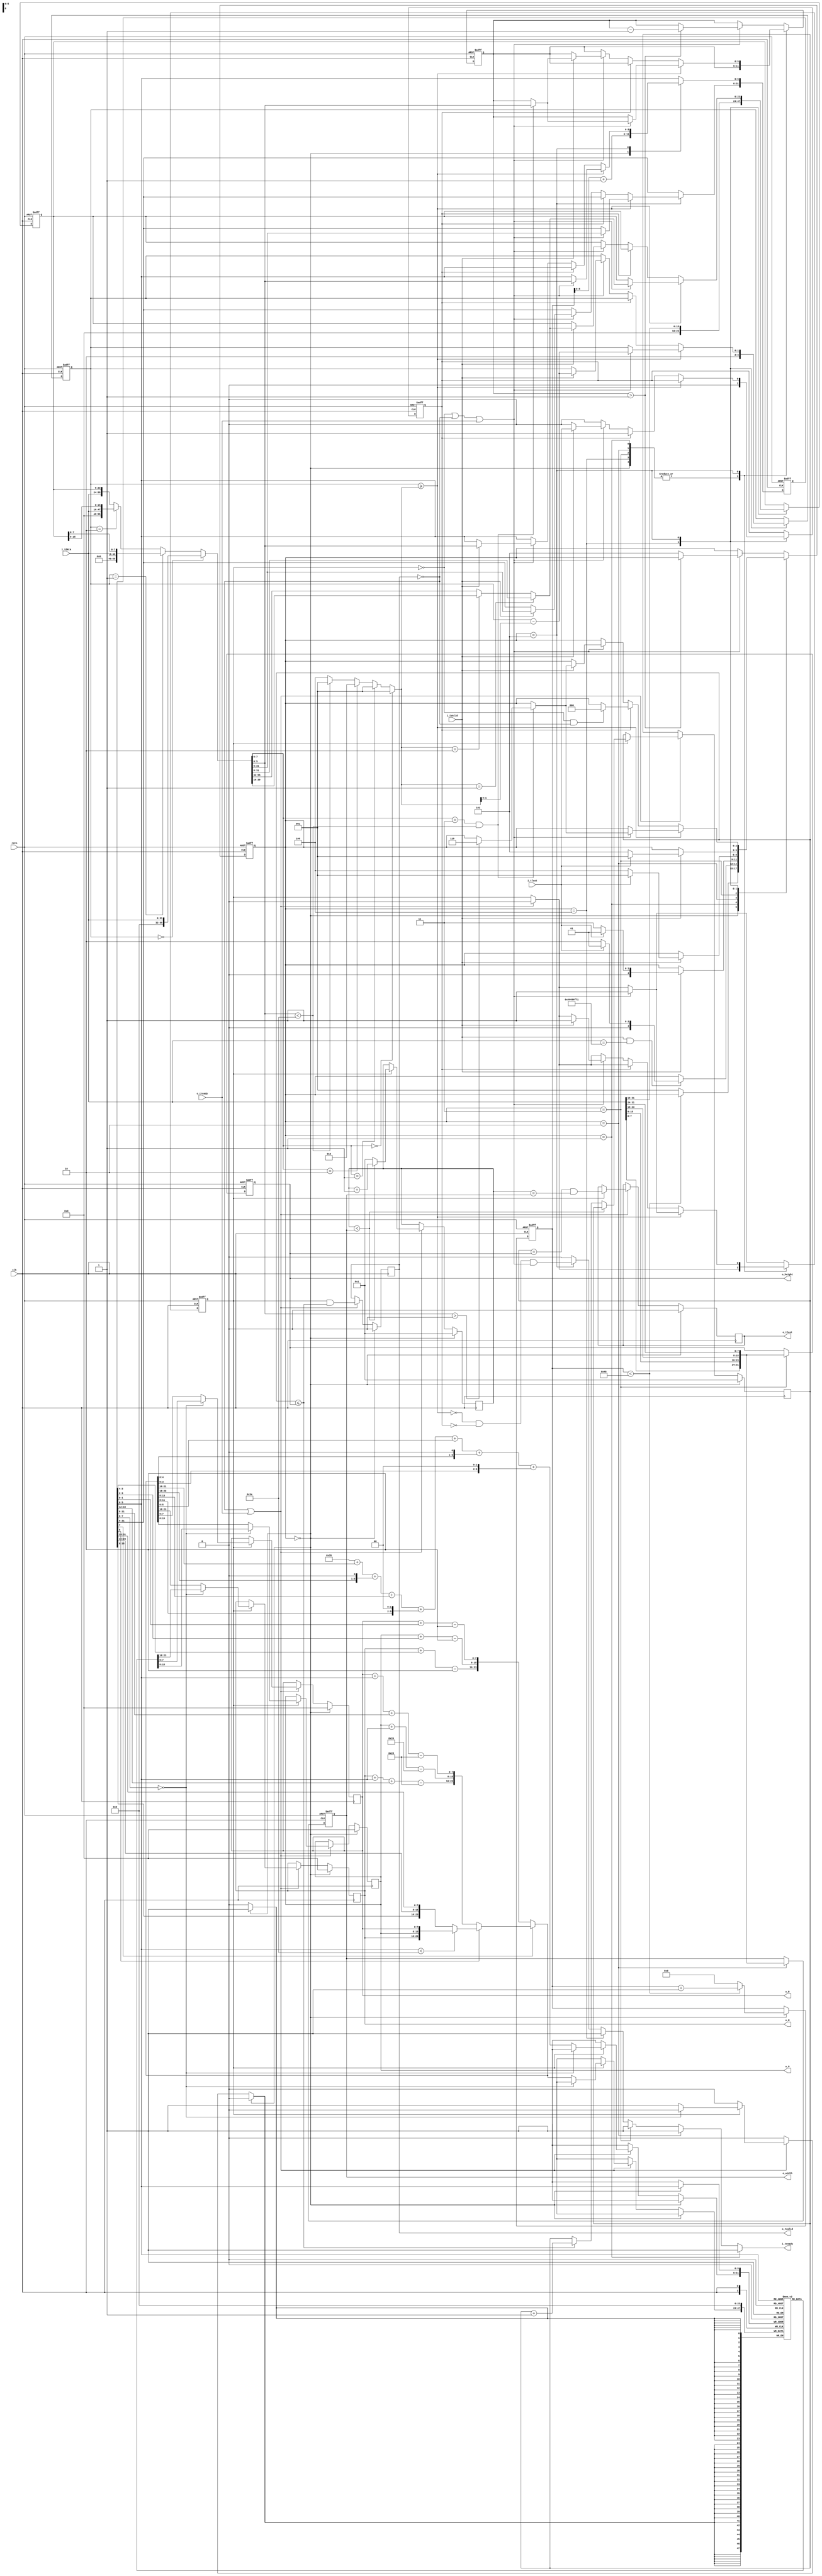

module qoi_decompressor (
    input  wire        rstn,
    input  wire        clk,
    // input compressed QOI stream interface (AXI-stream)
    output wire        i_tready,
    input  wire        i_tvalid,
    input  wire        i_tlast,
    input  wire [31:0] i_tdata,     // little endian
    // output pixel interface (AXI-stream)
    input  wire        o_tready,
    output reg         o_tvalid,
    output reg         o_tlast,
    output reg  [ 7:0] o_R, o_G, o_B,
    output wire [31:0] o_width, o_height
);


localparam [2:0] S_INIT   = 3'd0,
                 S_IDLE   = 3'd1,
                 S_WIDTH  = 3'd2,
                 S_HEIGHT = 3'd3,
                 S_2BYTE  = 3'd4,
                 S_WORK   = 3'd5,
                 S_RUN    = 3'd6;

reg  [ 2:0] state    = S_INIT;
reg         finished = 1'b0; // already meet i_tlast=1, current image input finished. but still need to decode the remain bytes
reg  [ 6:0] cnt      = 7'd0;
reg  [ 5:0] run;
reg  [31:0] width, height;

assign {o_width, o_height} = {width, height};

reg  [ 1:0] rem_cnt;         // remain byte count : 0~3
reg  [23:0] rem_bytes;       // remain bytes

reg         code_en = 1'b0;
reg  [31:0] code;

wire [55:0] m_bytes = (rem_cnt == 2'd0) ? {24'h0, i_tdata                 } :
                      (rem_cnt == 2'd1) ? {16'h0, i_tdata, rem_bytes[ 7:0]} :
                      (rem_cnt == 2'd2) ? { 8'h0, i_tdata, rem_bytes[15:0]} :
                                          {       i_tdata, rem_bytes      } ;

reg  [ 2:0] consume_cnt;   // not real register
always @(*) begin
    if      (m_bytes[7:6] == 2'b00) consume_cnt = 3'd1;  // QOI_OP_INDEX
    else if (m_bytes[7:6] == 2'b01) consume_cnt = 3'd1;  // QOI_OP_DIFF
    else if (m_bytes[7:6] == 2'b10) consume_cnt = 3'd2;  // QOI_OP_LUMA
    else if (m_bytes[5:0] <  6'h3E) consume_cnt = 3'd1;  // QOI_OP_RUN
    else                            consume_cnt = 3'd4;  // QOI_OP_RGB
end

wire [23:0] new_rem_bytes = (consume_cnt==3'd1) ? m_bytes[31: 8] :
                            (consume_cnt==3'd2) ? m_bytes[39:16] :
                                                  m_bytes[55:32] ;

wire is_run = (m_bytes[7:6] == 2'b11 && m_bytes[5:0] < 6'h3E);

wire enough = ({1'b0,rem_cnt} >= consume_cnt);  // current rem_bytes is enough to form a new pixel, needn't to input a next i_tdata

always @ (posedge clk or negedge rstn)
    if (~rstn) begin
        state     <= S_INIT;
        finished  <= 1'b0;
        cnt       <= 7'd0;
        width     <= 0;
        height    <= 0;
        run       <= 6'd0;
        rem_cnt   <= 2'd0;
        rem_bytes <= 24'h0;
        code_en   <= 1'b0;
        code      <= 0;
        
    end else begin
        if (~o_tvalid | o_tready)
            code_en <= 1'b0;
        
        case (state)
            S_INIT : begin    // use this state to initialize hash table
                if (cnt < 7'd72) begin
                    cnt <= cnt + 7'd1;
                end else begin
                    cnt <= 7'd0;
                    state <= S_IDLE;
                end
                code[5:0] <= cnt[5:0] + 6'd1;  // as the hash table address when initialize hash table
            end
            
            S_IDLE :
                if (i_tvalid && i_tdata==32'h66_69_6f_71)  // "qoif" in little endian
                    state <= i_tlast ? S_IDLE : S_WIDTH;
            
            S_WIDTH : begin
                if (i_tvalid)
                    state <= i_tlast ? S_IDLE : S_HEIGHT;
                width  <= {i_tdata[7:0], i_tdata[15:8], i_tdata[23:16], i_tdata[31:24]};
            end
            
            S_HEIGHT : begin
                if (i_tvalid)
                    state <= i_tlast ? S_IDLE : S_2BYTE;
                height <= {i_tdata[7:0], i_tdata[15:8], i_tdata[23:16], i_tdata[31:24]};
            end
            
            S_2BYTE : begin
                if (i_tvalid)
                    state <= i_tlast ? S_IDLE : S_WORK;
                rem_cnt   <= 2'd2;
                rem_bytes <= {8'h0, i_tdata[31:16]};
                finished  <= 1'b0;
            end
            
            S_WORK :
                if (enough) begin               // consume remain bytes rather than input i_tdata
                    // i_tready = 1'b0;
                    if  (~code_en | ~o_tvalid | o_tready) begin
                        if (is_run) begin
                            run <= m_bytes[5:0];
                            if (m_bytes[5:0]>6'd0) state <= S_RUN;
                        end
                        rem_cnt   <= rem_cnt - consume_cnt[1:0];
                        rem_bytes <= new_rem_bytes;
                        code_en   <= 1'b1;
                        code      <= m_bytes[31:0];
                    end
                end else if (~finished) begin   // consume input i_tdata
                    // i_tready = 1'b0;
                    if  (~code_en | ~o_tvalid | o_tready) begin
                        // i_tready = 1'b1;
                        if (i_tvalid) begin
                            finished <= i_tlast;
                            if (is_run) begin
                                run <= m_bytes[5:0];
                                if (m_bytes[5:0]>6'd0) state <= S_RUN;
                            end
                            rem_cnt   <= rem_cnt - consume_cnt[1:0];
                            rem_bytes <= new_rem_bytes;
                            code_en   <= 1'b1;
                            code      <= m_bytes[31:0];
                        end
                    end
                end else begin
                    // i_tready = 1'b0;
                    if (~code_en & ~o_tvalid)
                        state <= S_INIT;
                end
            
            default /*S_RUN*/  :
                if (~code_en | ~o_tvalid | o_tready) begin
                    code_en   <= 1'b1;
                    if (run > 6'd1) run <= run - 6'd1;
                    else            state <= S_WORK;
                end
        endcase
    end

assign i_tready = (state == S_IDLE  ) ? 1'b1 :
                  (state == S_WIDTH ) ? 1'b1 :
                  (state == S_HEIGHT) ? 1'b1 :
                  (state == S_2BYTE ) ? 1'b1 :
                  (state == S_WORK  ) ? (~enough & ~finished & (~code_en | ~o_tvalid | o_tready)) :
                                        1'b0;



reg  [23:0] HASH_TAB [63:0];

wire [ 7:0] dR = o_R + code[5:4] - 8'd2;
wire [ 7:0] dG = o_G + code[3:2] - 8'd2;
wire [ 7:0] dB = o_B + code[1:0] - 8'd2;

wire [ 7:0] xG = o_G + code[5:0]               - 8'd32;
wire [ 7:0] xR = o_R + code[5:0] + code[15:12] - 8'd40;
wire [ 7:0] xB = o_B + code[5:0] + code[11: 8] - 8'd40;

wire [ 7:0] R, G, B;

assign {R, G, B} = (code[7] == 1'b0) ? {dR, dG, dB}  :
                   (code[6] == 1'b0) ? {xR, xG, xB}  :
                   (code[5:0]<6'h3E) ? {o_R,o_G,o_B} :
                                       {code[15:8], code[23:16], code[31:24]} ;

wire [ 5:0] hash = 6'd53 +
                   R[5:0] + {R[4:0],1'b0} +                 // 3*R
                   G[5:0] + {G[3:0],2'b0} +                 // 5*R
                   B[5:0] + {B[4:0],1'b0} + {B[3:0],2'b0};  // 7*B


reg  [31:0] xpos, ypos;

always @ (posedge clk)
    if (state == S_INIT) begin
        HASH_TAB[code[5:0]] <= 24'h0;
        {o_R, o_G, o_B} <= 24'h0;
        xpos <= 1;
        ypos <= 1;
        
        o_tvalid <= 1'b0;
        o_tlast  <= 1'b0;
    end else if (~o_tvalid | o_tready) begin
        o_tvalid <= code_en && (ypos <= height);
        
        if (code_en) begin
            o_tlast <= (ypos == height) && (xpos == width);
            
            if (xpos < width) begin
                xpos <= xpos + 1;
            end else begin
                xpos <= 1;
                ypos <= (ypos<=height) ? (ypos+1) : ypos;
            end
            
            if (code[7:6] == 2'd0) begin
                {o_R, o_G, o_B} <= HASH_TAB[code[5:0]];
            end else begin
                {o_R, o_G, o_B} <= {R, G, B};
                HASH_TAB[hash]  <= {R, G, B};
            end
        end
    end

/////////////////////////////////////////////////////////
/*always @ (posedge clk)
    if (o_tready & o_tvalid) begin
        case (o_tdata[7:6])
            2'd0 : $display("HASH  %d"         , o_tdata[5:0] );
            2'd1 : $display("DIFF  (%d %d %d)" , o_tdata[5:4]   , o_tdata[3:2]  , o_tdata[1:0] );
            2'd2 : $display("LUMA  (%d %d %d)" , o_tdata[15:12] , o_tdata[11:8] , o_tdata[5:0] );
            2'd3 :
                if (o_tdata[5:0] < 6'h3E)
                   $display("RUN   %d"         , o_tdata[5:0]+1 );
                else
                   $display("RGB   %02x %02x %02x" , o_tdata[15:8] , o_tdata[23:16] , o_tdata[31:24] );
        endcase
    end*/

endmodule